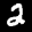
Digit: 2